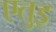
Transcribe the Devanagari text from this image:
एतुइ